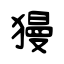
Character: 獌